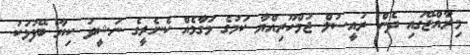
މިރާއްޖޭގައި ދެން ރައީސުލް ޖުމްހޫރިއްޔާ ކަމުގެ މަގާމެއް ކެނެރީގެ ނަޝީދު ކިޔާ ބޭފުޅަކު